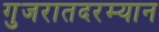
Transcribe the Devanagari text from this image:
गुजरातदरम्यान